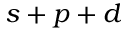
s + p + d